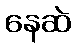
နေဆဲ